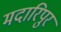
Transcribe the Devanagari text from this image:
मदारिपुर